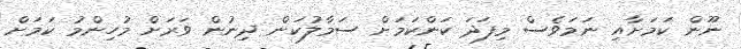
ނޫން ކަމަށާއި ނަމަވެސް މިފަދަ ކަންކަމަށް ސަމާލުކަން ދިނުން ވަރަށް މުހިންމު ކަމަށް